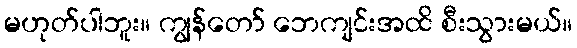
မဟုတ်ပါဘူး။ ကျွန်တော် ဘေကျင်းအထိ စီးသွားမယ်။